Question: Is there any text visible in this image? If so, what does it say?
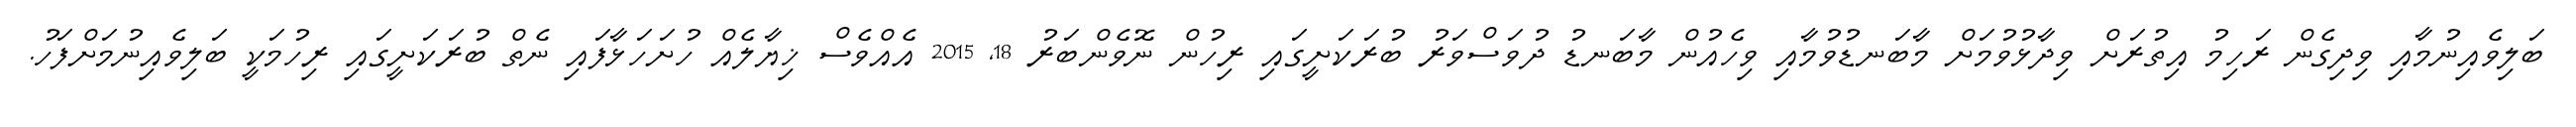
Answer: ބަލިވެއިނުމާއި ވިދިގެން ރަހިމު އިތުރަށް ވިދާޅުވުމަށް މާބަނޑުވުމާއި ވިހެއުން މާބަނޑު ދުވަސްވަރު ބުރަކަށީގައި ރިހުން ނޮވެންބަރު 18, 2015 އެއްވެސް ޚިޔާލެއް ހުށަހަޅާފައި ނެތް ބުރަކަށީގައި ރިހުމަކީ ބަލިވެއިނުމަށްފަހު.